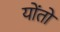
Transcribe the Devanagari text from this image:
योंतो